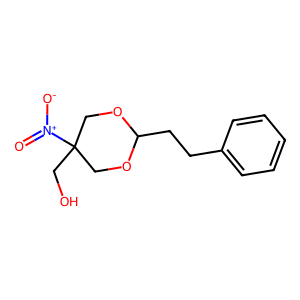
SMILES: O=[N+]([O-])C1(CO)COC(CCc2ccccc2)OC1
Inhibits HIV replication: No